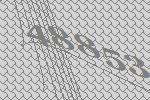
48853